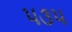
૫૩૫